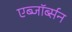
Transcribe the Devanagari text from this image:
एब्जॉर्ब्सन